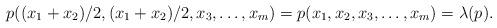
LaTeX: \begin{align*}p((x_1+x_2)/2, (x_1+x_2)/2, x_3, \ldots, x_m)= p(x_1, x_2, x_3, \ldots, x_m) = \lambda(p). \end{align*}